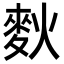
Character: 𪌌